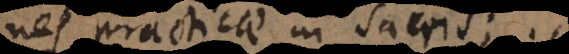
nes practicae in sacris.